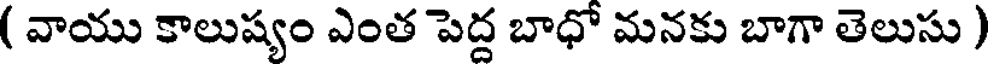
( వాయు కాలుష్యం ఎంత పెద్ద బాధో మనకు బాగా తెలుసు )